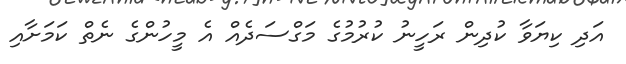
އަދި ކިޔަވާ ކުދިން ރަހީނު ކުރުމުގެ މަގްސަދެއް އެ މީހުންގެ ނެތް ކަމަށާއި